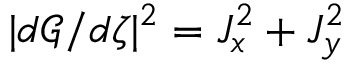
| d \mathcal { G } / d \zeta | ^ { 2 } = J _ { x } ^ { 2 } + J _ { y } ^ { 2 }